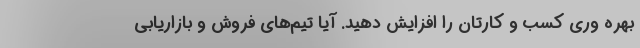
بهره وری کسب و کارتان را افزایش دهید. آیا تیم‌های فروش و بازاریابی